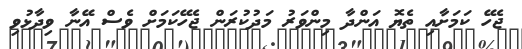
ޖެހޭ ކަމަށާއި ތެޔޮ އަންދާ މިންވަރު މަދުކުރަން ޖެހޭކަމަށް ވެސް އޭނާ ވިދާޅުވި